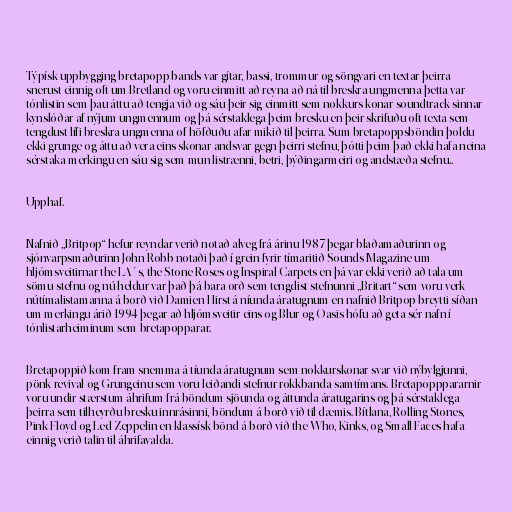
Týpísk uppbygging bretapopp bands var gítar, bassi, trommur og söngvari en textar þeirra
snerust einnig oft um Bretland og voru einmitt að reyna að ná til breskra ungmenna þetta var
tónlistin sem þau áttu að tengja við og sáu þeir sig einmitt sem nokkurs konar soundtrack sinnar
kynslóðar af nýjum ungmennum og þá sérstaklega þeim bresku en þeir skrifuðu oft texta sem
tengdust lífi breskra ungmenna of höfðuðu afar mikið til þeirra. Sum bretapoppsböndin þoldu
ekki grunge og áttu að vera eins skonar andsvar gegn þeirri stefnu, þótti þeim það ekki hafa neina
sérstaka merkingu en sáu sig sem mun listrænni, betri, þýðingarmeiri og andstæða stefnu..

Upphaf.

Nafnið „Britpop“ hefur reyndar verið notað alveg frá árinu 1987 þegar blaðamaðurinn og
sjónvarpsmaðurinn John Robb notaði það í grein fyrir tímaritið Sounds Magazine um
hljómsveitirnar the LA´s, the Stone Roses og Inspiral Carpets en þá var ekki verið að tala um
sömu stefnu og nú heldur var það þá bara orð sem tengdist stefnunni „Britart“ sem voru verk
nútímalistamanna á borð við Damien Hirst á níunda áratugnum en nafnið Britpop breytti síðan
um merkingu árið 1994 þegar að hljómsveitir eins og Blur og Oasis hófu að geta sér nafn í
tónlistarheiminum sem bretapopparar.

Bretapoppið kom fram snemma á tíunda áratugnum sem nokkurskonar svar við nýbylgjunni,
pönk revival og Grungeinu sem voru leiðandi stefnur rokkbanda samtímans. Bretapopppararnir
voru undir stærstum áhrifum frá böndum sjöunda og áttunda áratugarins og þá sérstaklega
þeirra sem tilheyrðu bresku innrásinni, böndum á borð við til dæmis. Bítlana, Rolling Stones,
Pink Floyd og Led Zeppelin en klassísk bönd á borð við the Who, Kinks, og Small Faces hafa
einnig verið talin til áhrifavalda.